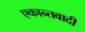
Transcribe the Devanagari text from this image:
एकान्तवादी